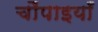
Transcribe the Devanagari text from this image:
चौंपाइयाँ